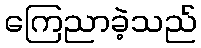
ကြေညာခဲ့သည်